Note on the mental hospitals in Burma - 1925-1940
Year: 1925
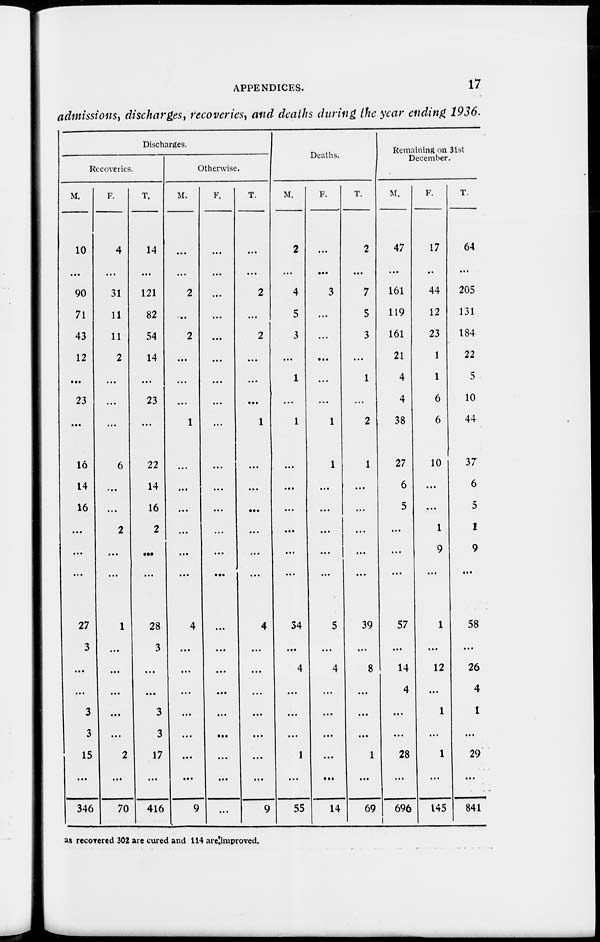
APPENDICES.
17
admissions, discharges, recoveries, and deaths during the year ending 1936.
Discharges.
Recoveries.
M.
10
...
90
71
43
12
...
23
...
16
14
16
...
...
...
27
3
...
...
3
3
15
...
346
F.
4
...
31
11
11
2
...
...
...
6
...
...
2
...
...
1
...
...
...
...
...
2
...
70
T.
14
...
121
82
54
14
...
23
...
22
14
16
2
...
...
28
3
...
...
3
3
17
...
416
Otherwise.
M.
...
...
2
...
2
...
...
...
1
...
...
...
...
...
...
4
...
...
...
...
...
...
...
9
F.
...
...
...
...
...
...
...
...
...
...
...
...
...
...
...
...
...
...
...
...
...
...
...
...
T.
...
...
2
...
2
...
...
...
1
...
...
...
...
...
...
4
...
...
...
...
...
...
...
9
Deaths.
M.
2
...
4
5
3
...
1
1
...
...
...
...
...
...
34
...
4
...
...
...
1
...
55
F.
...
...
3
...
...
...
...
...
1
1
...
...
...
...
...
5
...
4
...
...
...
...
...
14
T.
2
...
7
5
3
...
1
...
2
1
...
...
...
...
...
39
...
8
...
...
...
1
...
69
Remaining on 31st
December.
M.
47
...
161
119
161
21
4
4
38
27
6
5
...
...
...
57
...
14
4
...
...
28
...
696
F.
17
...
44
12
23
1
1
6
6
10
...
...
1
9
...
1
...
12
...
1
...
1
...
145
T.
64
...
205
131
184
22
5
10
44
37
6
5
1
9
...
58
...
26
4
1
...
29
...
841
as recovered 302 are cured and 114 are improved.